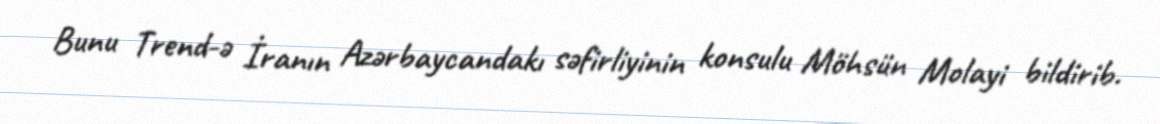
Bunu Trend-ə İranın Azərbaycandakı səfirliyinin konsulu Möhsün Molayi bildirib.